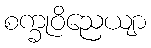
စက္ခုဝိညေယျာ